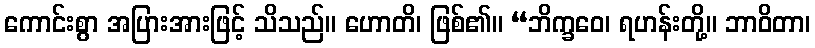
ကောင်းစွာ အပြားအားဖြင့် သိသည်။ ဟောတိ၊ ဖြစ်၏။ “ဘိက္ခဝေ၊ ရဟန်းတို့။ ဘာဝိတာ၊